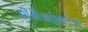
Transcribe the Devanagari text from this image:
पीजीआईएमईआर